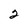
Character: 2